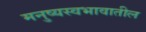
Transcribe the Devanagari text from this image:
मनुष्यस्वभावातील